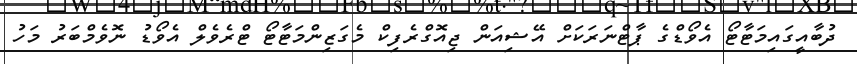
ދުބާއީގައިމަޓާޓޯ އެވޯޑްގެ ޕާޓްނަރަކަށް އޭޝިއަން ޖިއޮގްރެފިކް މެގަޒިންމަޓާޓޯ ޓްރެވެލް އެވޯޑު ނޮވެމްބަރު މަހު